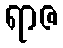
ရာဇ